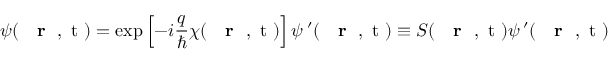
\psi ( \mathrm { ~ { ~ \bf ~ r ~ } ~ , ~ t ~ } ) = \exp \left[ - i \frac { q } { \hbar } \chi ( \mathrm { ~ { ~ \bf ~ r ~ } ~ , ~ t ~ } ) \right] \psi ^ { \; \prime } ( \mathrm { ~ { ~ \bf ~ r ~ } ~ , ~ t ~ } ) \equiv S ( \mathrm { ~ { ~ \bf ~ r ~ } ~ , ~ t ~ } ) \psi ^ { \; \prime } ( \mathrm { ~ { ~ \bf ~ r ~ } ~ , ~ t ~ } )